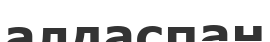
алдаспан